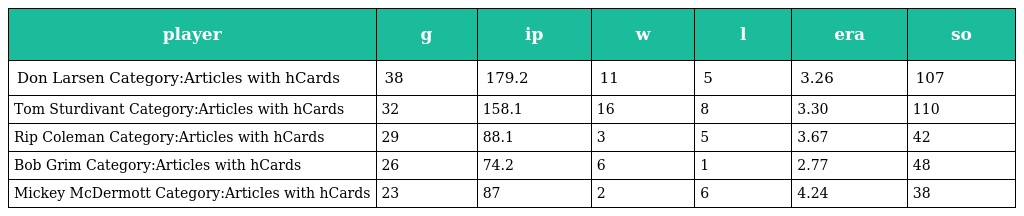
| player | g | ip | w | l | era | so |
 | --- | --- | --- | --- | --- | --- | --- |
 | Don Larsen Category:Articles with hCards | 38 | 179.2 | 11 | 5 | 3.26 | 107 |
 | Tom Sturdivant Category:Articles with hCards | 32 | 158.1 | 16 | 8 | 3.30 | 110 |
 | Rip Coleman Category:Articles with hCards | 29 | 88.1 | 3 | 5 | 3.67 | 42 |
 | Bob Grim Category:Articles with hCards | 26 | 74.2 | 6 | 1 | 2.77 | 48 |
 | Mickey McDermott Category:Articles with hCards | 23 | 87 | 2 | 6 | 4.24 | 38 |